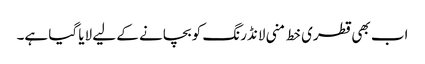
اب بھی قطری خط منی لانڈرنگ کو بچانے کے لیے لایا گیا ہے۔